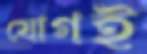
যোগই